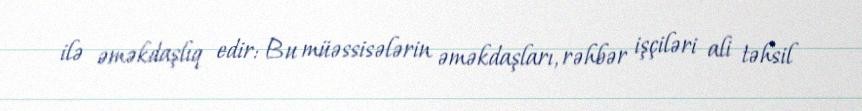
ilə əməkdaşlıq edir: Bu müəssisələrin əməkdaşları, rəhbər işçiləri ali təhsil